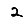
Digit: 2